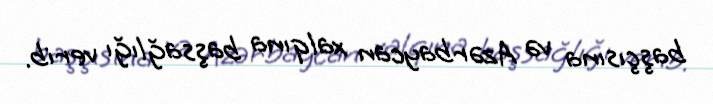
başçısına və Azərbaycan xalqına başsağlığı verib.